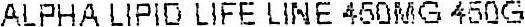
ALPHA LIPID LIFE LINE 450MG 450G